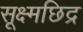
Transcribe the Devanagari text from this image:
सूक्ष्मछिद्र